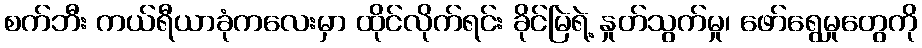
စက်ဘီး ကယ်ရီယာခုံကလေးမှာ ထိုင်လိုက်ရင်း ခိုင်မြဲရဲ့ နှုတ်သွက်မှု၊ ဖော်ရွေမှုတွေကို